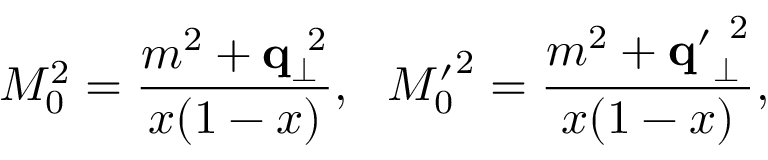
M _ { 0 } ^ { 2 } = \frac { m ^ { 2 } + { \bf q } _ { \bot } ^ { ~ 2 } } { x ( 1 - x ) } , ~ ~ { M _ { 0 } ^ { \prime } } ^ { 2 } = \frac { m ^ { 2 } + { \bf q ^ { \prime } } _ { \bot } ^ { ~ 2 } } { x ( 1 - x ) } ,